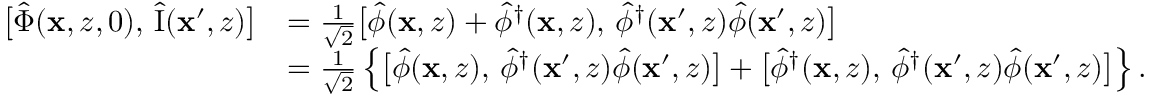
\begin{array} { r l } { \bigl [ \hat { \Phi } ( \mathbf { x } , z , 0 ) , \, \hat { \mathrm { I } } ( \mathbf { x } ^ { \prime } , z ) \bigr ] } & { = \frac { 1 } { \sqrt { 2 } } \bigl [ \hat { \phi } ( \mathbf { x } , z ) + \hat { \phi } ^ { \dagger } ( \mathbf { x } , z ) , \, \hat { \phi } ^ { \dagger } ( \mathbf { x } ^ { \prime } , z ) \hat { \phi } ( \mathbf { x } ^ { \prime } , z ) \bigr ] } \\ & { = \frac { 1 } { \sqrt { 2 } } \left\{ \bigl [ \hat { \phi } ( \mathbf { x } , z ) , \, \hat { \phi } ^ { \dagger } ( \mathbf { x } ^ { \prime } , z ) \hat { \phi } ( \mathbf { x } ^ { \prime } , z ) \bigr ] + \bigl [ \hat { \phi } ^ { \dagger } ( \mathbf { x } , z ) , \, \hat { \phi } ^ { \dagger } ( \mathbf { x } ^ { \prime } , z ) \hat { \phi } ( \mathbf { x } ^ { \prime } , z ) \bigr ] \right\} . } \end{array}